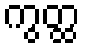
ကွတ္ထ